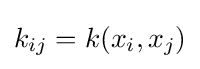
k_{ij}=k(x_{i},x_{j})